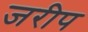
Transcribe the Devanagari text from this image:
जरीप